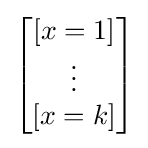
{\begin{bmatrix}[x=1]\\\vdots \\{[x=k]}\end{bmatrix}}